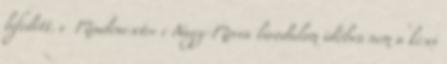
lefedett. v Mindenesetre e Nagy-Morva birodalom időben nem a kései